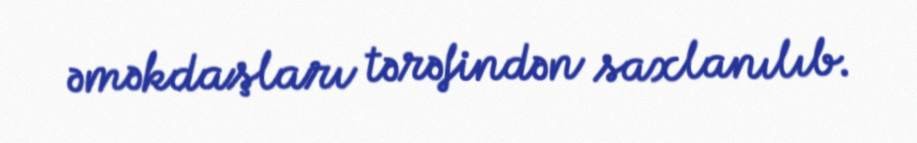
əməkdaşları tərəfindən saxlanılıb.